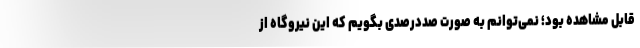
قابل مشاهده بود؛ نمی‌توانم به صورت صددرصدی بگویم که این نیروگاه از